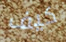
كيف